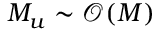
M _ { u } \sim \mathcal { O } ( M )